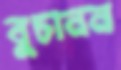
বুচানন